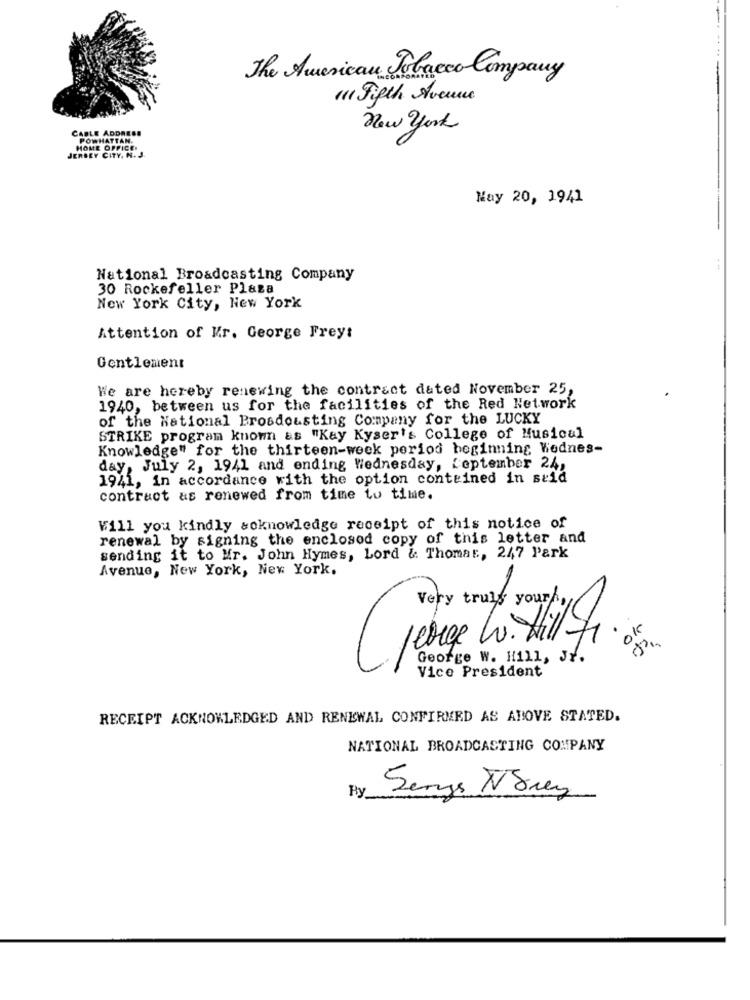
The American Tobacco Company
111 Fifth Avenue
CABLE ADDRESS
New york
POWHATTAN.
HOME OFFICE.
JERSEY CITY, N. J.
Nay 20, 1941
National Broadcasting Company
30 Rockefeller Plaza
New York City, New York
Attention of Kr. George Frey:
Gentlement
We are hereby renewing the contract dated November 25,
1940, between us for the facilities of the Red Network
of the National Prosdousting Company for the LUCKY
STRIKE program known as "Kay Kyser's College of Musicul
Knowledge" for the thirteen-week period beginning Wednes-
day, July 2, 1941 and ending Wednesday, Leptember 24,
1941, in accordance with the option conteined in said
contract as renewed from time to time.
Will you kindly acknowledge receipt of this notice of
renewal by signing the enclosed copy of this letter and
sending it to Mr. John Hymes, Lord & Thomas, 247 Park
Avenue, New York, New York.
Very truly yours,
.
ok
Herege W. Hill 71
George W. Hill, JY.
Vice President
RECEIPT ACKNOWLEDGED AND RENEWAL CONFIRMED AS ABOVE STATED.
NATIONAL BROADCASTING COMPANY
Hy
Sengs VSrey